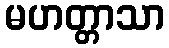
မဟတ္တာသာ